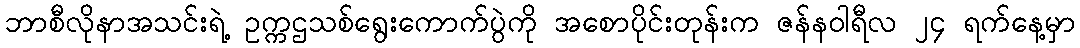
ဘာစီလိုနာအသင်းရဲ့ ဥက္ကဌသစ်ရွေးကောက်ပွဲကို အစောပိုင်းတုန်းက ဇန်နဝါရီလ ၂၄ ရက်နေ့မှာ